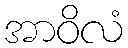
အာဝိလံ